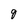
Character: 9